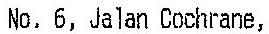
NO. 6, JALAN COCHRANE,